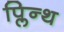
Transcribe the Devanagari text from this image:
प्लिन्थ